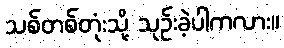
သစ်တစ်တုံးသို့ သုဉ်းခဲ့ပါကလား။